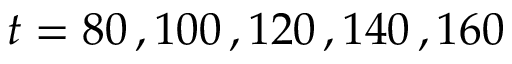
t = 8 0 \, , 1 0 0 \, , 1 2 0 \, , 1 4 0 \, , 1 6 0